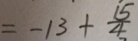
= - 1 3 + \frac { 1 5 } { 4 }